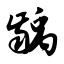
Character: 龋